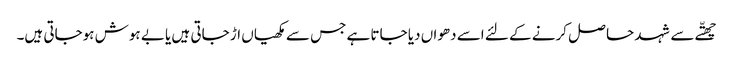
چھتّے سے شہد حا صل کرنے کے لئے اسے دھواں دیا جاتا ہے جس سے مکھیاں اڑ جاتی ہیں یا بے ہوش ہوجاتی ہیں۔